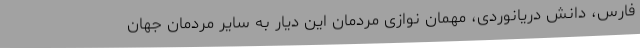
فارس، دانش دریانوردی، مهمان نوازی مردمان این دیار به سایر مردمان جهان